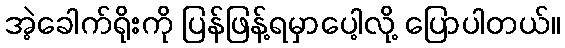
အဲ့ခေါက်ရိုးကို ပြန်ဖြန့်ရမှာပေါ့လို့ ပြောပါတယ်။